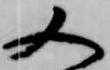
又